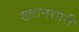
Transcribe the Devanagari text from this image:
ख्वानसारी